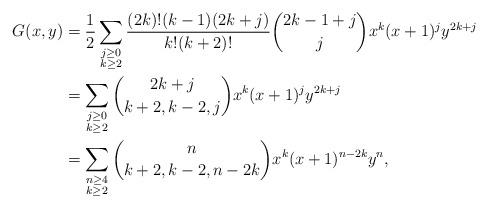
LaTeX: \begin{align*}G(x,y)&=\frac12\sum_{\substack{j\ge0\\k\ge2}}\frac{(2k)!(k-1)(2k+j)}{k!(k+2)!}{2k-1+j\choose j}x^k(x+1)^jy^{2k+j}\\&=\sum_{\substack{j\ge0\\k\ge2}}{2k+j\choose k+2,k-2,j}x^k(x+1)^jy^{2k+j}\\&=\sum_{\substack{n\ge 4\\k\ge2}}{n\choose k+2,k-2,n-2k}x^k(x+1)^{n-2k}y^n,\end{align*}